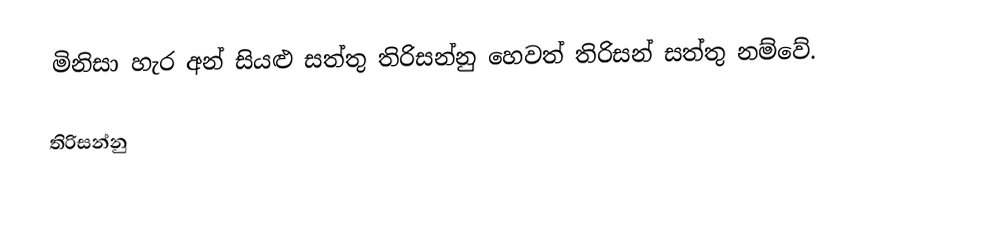
මිනිසා හැර අන් සියළු සත්තු තිරිසන්නු හෙවත් තිරිසන් සත්තු නම්වේ.

තිරිසන්නු